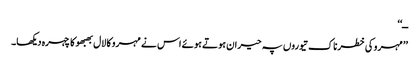
ــ‘‘
’’مہرو کی خطرناک تیوروں پہ حیران ہوتے ہوئے اس نے مہرو کا لال بھبھو کا چہرہ دیکھا۔